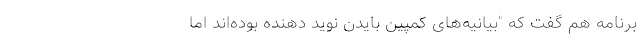
برنامه هم گفت که "بیانیه‌های کمپین بایدن نوید دهنده بوده‌اند اما